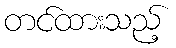
တင်ထားသည့်